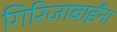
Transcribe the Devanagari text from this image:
गिरिजाबाईंना